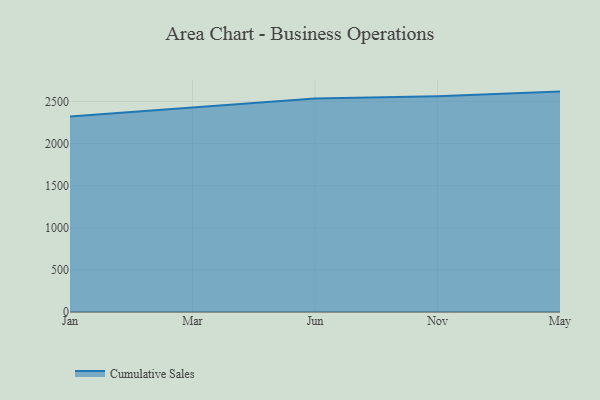
{"axis": {"x": "Month", "y": "Revenue (USD Million)"}, "legend": ["Cumulative Sales"], "data": [{"x": "Jan", "y": 2321.1, "type": "Cumulative Sales"}, {"x": "Mar", "y": 2428.3, "type": "Cumulative Sales"}, {"x": "Jun", "y": 2535.0, "type": "Cumulative Sales"}, {"x": "Nov", "y": 2562.3, "type": "Cumulative Sales"}, {"x": "May", "y": 2617.2, "type": "Cumulative Sales"}]}